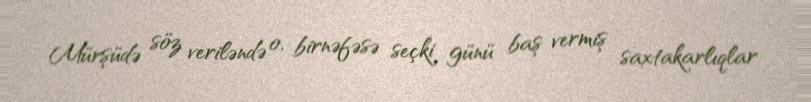
Mürşüdə söz veriləndə o, birnəfəsə seçki günü baş vermiş saxtakarlıqlar